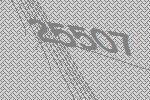
25507